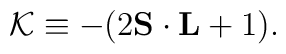
{\cal K}\equiv -(2{\bf S}\cdot{\bf L}+1).